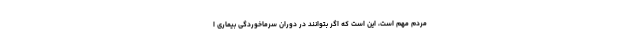
مردم مهم است، این است که اگر بتوانند در دوران سرماخوردگی بیماری ا